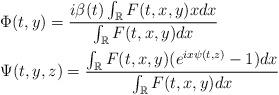
LaTeX: \begin{align*}&\Phi(t,y)= \frac{i\beta(t) \int_{\mathbb{R}} F(t,x,y) x dx}{\int_{\mathbb{R}} F(t,x,y) dx}\\&\Psi(t,y,z) = \frac{\int_{\mathbb{R}} F(t,x,y) (e^{ix\psi(t,z)}-1)dx}{\int_{\mathbb{R}} F(t,x,y) dx}\\\end{align*}